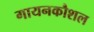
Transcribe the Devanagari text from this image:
गायनकौशल